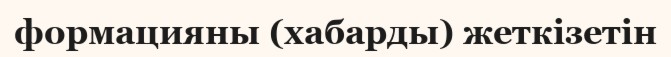
формацияны (хабарды) жеткізетін